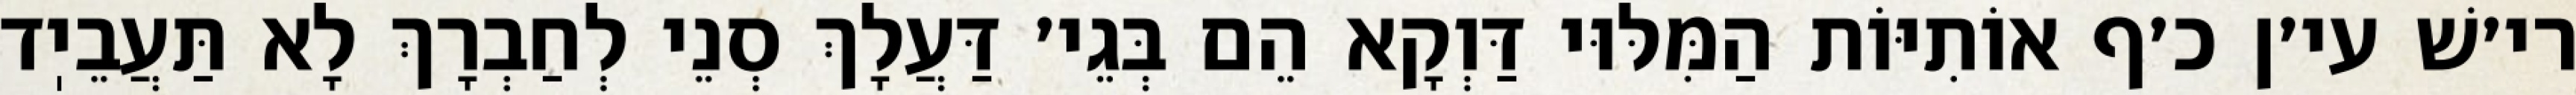
רי׳שׁ עי׳ן כ׳ף אוֹתִיּוֹת הַמִּלּוּי דַּוְקָא הֵם בְּגֵי׳ דַּעֲלָךְ סְנֵי לְחַבְרָךְ לָא תַּעֲבֵיֽד